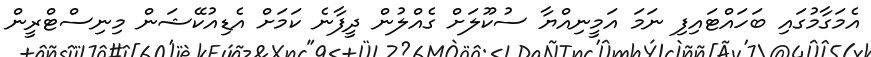
އެމަގާމުގައި ބަހައްޓައިފި ނަމަ އަމީނިއްޔާ ސުކޫލަށް ގެއްލުން ދީފާނެ ކަމަށް އެޑިއުކޭޝަން މިނިސްޓްރީން